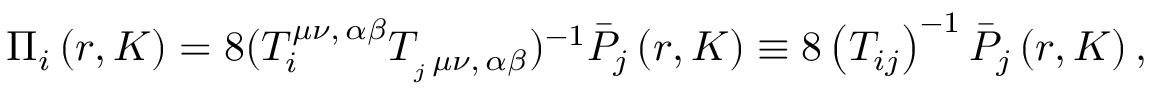
\Pi _ { i } \left( r , K \right) = 8 ( T _ { i } ^ { \mu \nu , \, \alpha \beta } T _ { _ j \, \mu \nu , \, \alpha \beta } ) ^ { - 1 } \bar { P } _ { j } \left( r , K \right) \equiv 8 \left( T _ { i j } \right) ^ { - 1 } \bar { P } _ { j } \left( r , K \right) ,